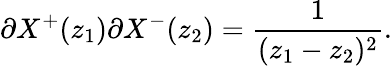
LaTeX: \partial X^{+}(z_{1})\partial X^{-}(z_{2})=\frac{1}{(z_{1}-z_{2})^{2}}.